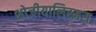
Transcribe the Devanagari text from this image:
शोजीयालिस्मस